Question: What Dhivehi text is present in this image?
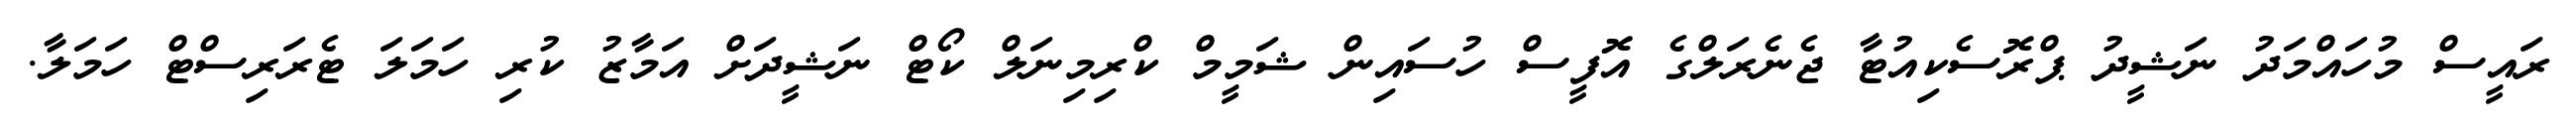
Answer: ރައީސް މުހައްމަދު ނަޝީދު ޕްރޮސެކިއުޓާ ޖެނެރަލްގެ އޮފީސް ހުސައިން ޝަމީމް ކްރިމިނަލް ކޯޓް ނަޝީދަށް އަމާޒު ކުރި ހަމަލަ ޓެރަރިސްޓް ހަމަލާ.